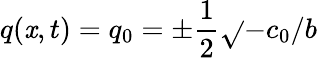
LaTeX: q(\mathit{x},t)=q_{0}=\pm\frac{{1}}{{2}}\sqrt{}{{-c_{0}/b}}